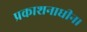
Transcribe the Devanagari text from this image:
प्रकाशनाधीन।